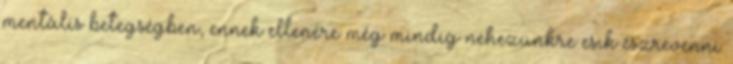
mentális betegségben, ennek ellenére még mindig nehezünkre esik észrevenni